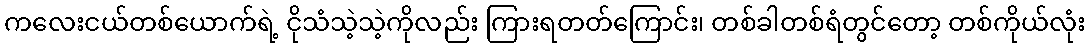
ကလေးငယ်တစ်ယောက်ရဲ့ ငိုသံသဲ့သဲ့ကိုလည်း ကြားရတတ်ကြောင်း၊ တစ်ခါတစ်ရံတွင်တော့ တစ်ကိုယ်လုံး